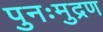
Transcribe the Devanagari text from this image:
पुनःमुद्रण